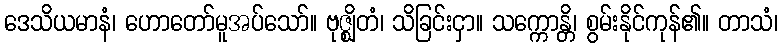
ဒေသိယမာနံ၊ ဟောတော်မူအပ်သော်။ ဗုဇ္ဈိတံ၊ သိခြင်းငှာ။ သက္ကောန္တိ၊ စွမ်းနိုင်ကုန်၏။ တာသံ၊